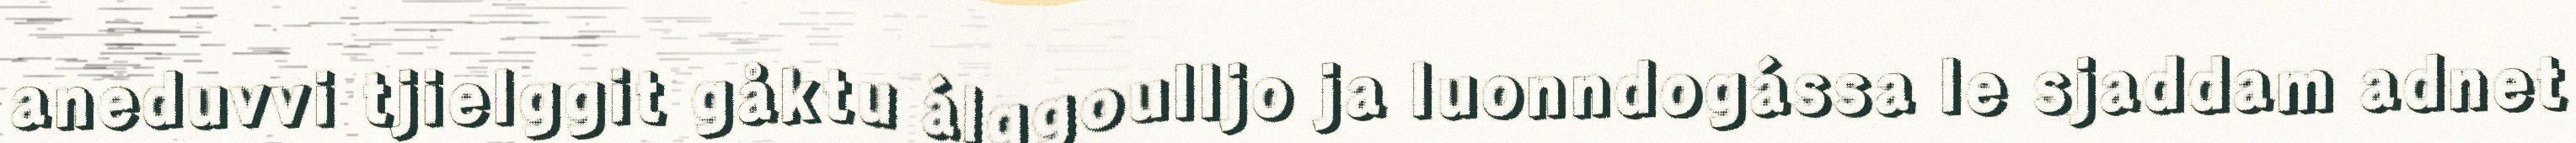
aneduvvi tjielggit gåktu álggoulljo ja luonndogássa le sjaddam adnet